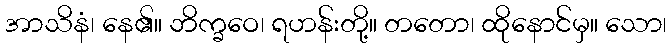
အာသိနံ၊ နေ၏။ ဘိက္ခဝေ၊ ရဟန်းတို့။ တတော၊ ထိုနောင်မှ။ သော၊